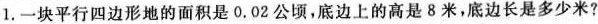
1.一块平行四边形地的面积是0.02公顷，底边上的高是8米，底边长是多少米?